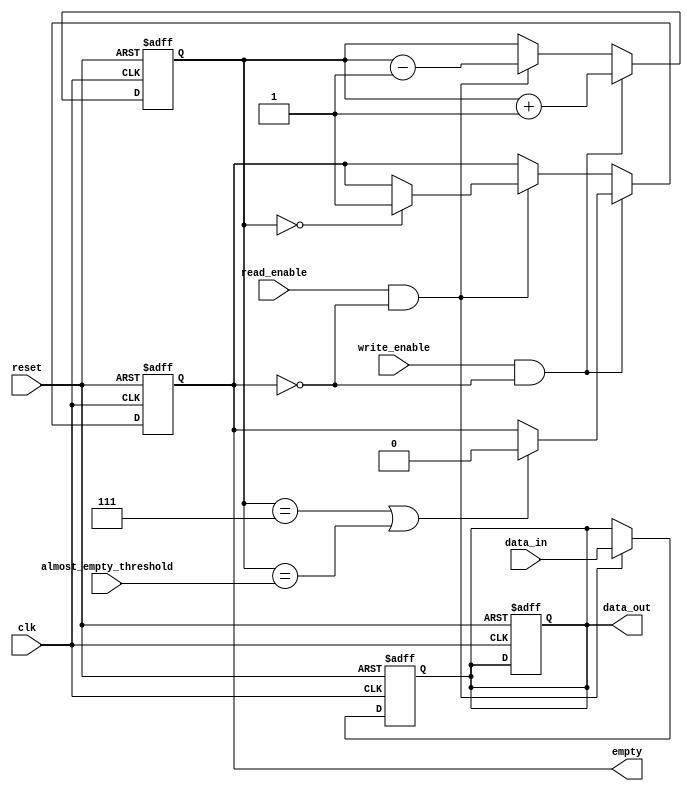
module almost_empty_fifo_buffer (
    input wire clk,
    input wire reset,
    input wire [7:0] data_in,
    output reg [7:0] data_out,
    input wire read_enable,
    input wire write_enable,
    output reg empty,
    input wire almost_empty_threshold
);

reg [2:0] fill_level; // 3-bit counter to monitor fill level of buffer

always @(posedge clk or posedge reset) begin
    if (reset) begin
        fill_level <= 0;
        empty <= 1;
        data_out <= 8'h00;
    end else if (write_enable && !empty) begin
        fill_level <= fill_level + 1;
        if (fill_level == 8'b111 || fill_level == almost_empty_threshold) begin
            empty <= 0;
        end
    end else if (read_enable && !empty) begin
        fill_level <= fill_level - 1;
        if (fill_level == 8'h0) begin
            empty <= 1;
        end
    end
end

always @(posedge clk or posedge reset) begin
    if (reset) begin
        data_out <= 8'h00;
    end else if (read_enable && !empty) begin
        data_out <= data_in;
    end
end

endmodule